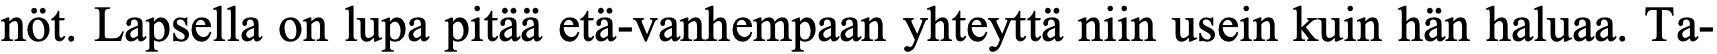
nöt. Lapsella on lupa pitää etä-vanhempaan yhteyttä niin usein kuin hän haluaa. Ta-